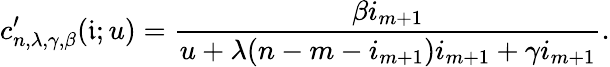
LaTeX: c_{n,\lambda,\gamma,\beta}^{\prime}(\mathfrak{i};u)=\frac{\beta i_{m+1}}{u+\lambda(n-m-i_{m+1})i_{m+1}+\gamma i_{m+1}}.